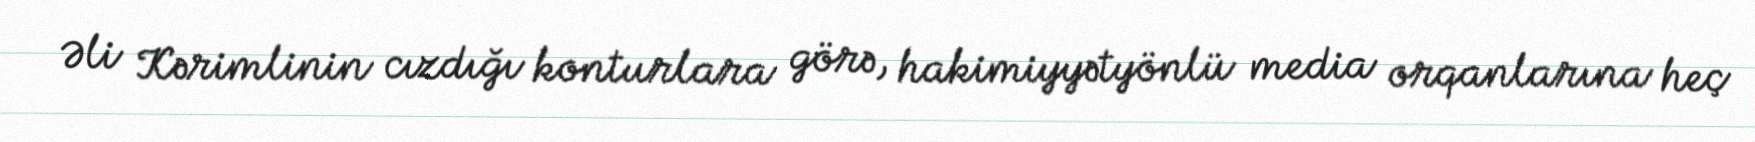
Əli Kərimlinin cızdığı konturlara görə, hakimiyyətyönlü media orqanlarına heç